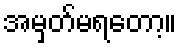
အမှတ်မရတော့။